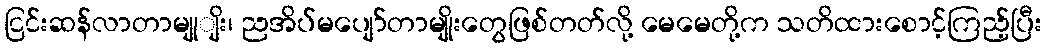
ငြင်းဆန်လာတာမျုျိး၊ ညအိပ်မပျော်တာမျိုးတွေဖြစ်တတ်လို့ မေမေတို့က သတိထားစောင့်ကြည့်ပြီး